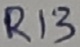
Text: R13